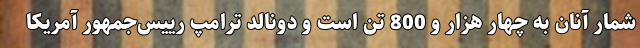
شمار آنان به چهار هزار و 800 تن است و دونالد ترامپ رییس‌جمهور آمریکا